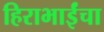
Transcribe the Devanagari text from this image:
हिराभाईंचा